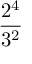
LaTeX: \frac { 2 ^ { 4 } } { 3 ^ { 2 } }